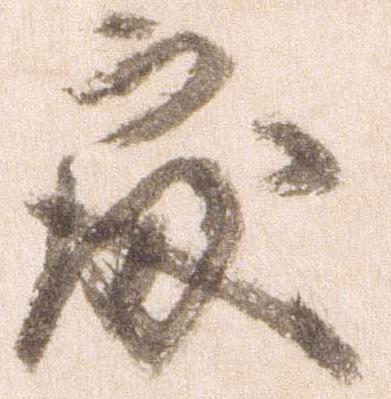
処